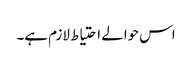
اس حوالے احتیاط لازم ہے۔